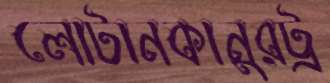
লোটানকানুরট্র